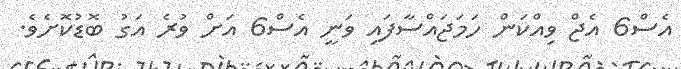
އެސް6 އެޖް ވިއްކަން ހަމަޖައްސާފައި ވަނީ އެސް6 އަށް ވުރެ އަގު ބޮޑުކޮށެވެ.